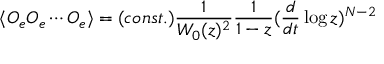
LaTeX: \langle { \cal O } _ { e } { \cal O } _ { e } \cdots { \cal O } _ { e } \rangle = ( c o n s t . ) \frac { 1 } { W _ { 0 } ( z ) ^ { 2 } } \frac { 1 } { 1 - z } ( \frac { d } { d t } \log z ) ^ { N - 2 }